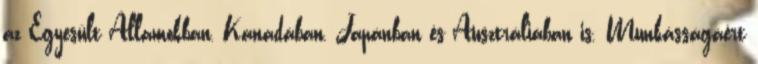
az Egyesült Államokban, Kanadában, Japánban és Ausztráliában is. Munkásságáért